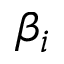
\beta _ { i }